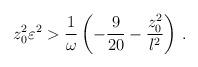
LaTeX: \begin{align*}z_0 ^2 \varepsilon^2 > {1 \over \omega} \left( -{9\over {20}} - {{z_0^2}\over l^2} \right) \, .\end{align*}